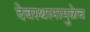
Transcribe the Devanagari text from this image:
देवस्थानामुळेच